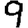
Digit: 9